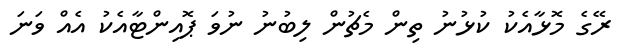
ރޭގެ މޮޅާއެކު ކުޅުނު ތިން މެޗުން ލިބުނު ނުވަ ޕޮއިންޓާއެކު އެއް ވަނަ